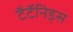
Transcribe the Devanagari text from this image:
टैटॅनिड्स